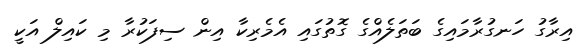
އިރާގު ހަނގުރާމައިގެ ބަތަލެއްގެ ގޮތުގައި އެމެރިކާ އިން ސިފަކުރާ މި ކައިލް އަކީ